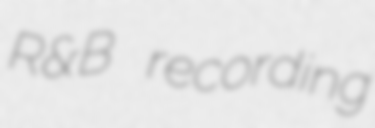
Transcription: R&B recording